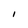
Character: I